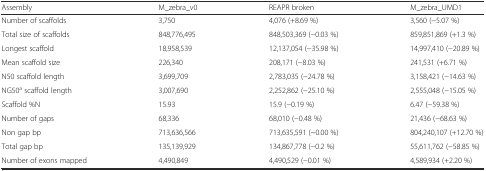
| Assembly | M_zebra_v0 | REAPR broken | M_zebra_UMD1 |
 | --- | --- | --- | --- |
 | Number of scaffolds | 3,750 | 4,076 (+8.69 %) | 3,560 (−5.07 %) |
 | Total size of scaffolds | 848,776,495 | 848,503,369 (−0.03 %) | 859,851,869 (+1.3 %) |
 | Longest scaffold | 18,958,539 | 12,137,054 (−35.98 %) | 14,997,410 (−20.89 %) |
 | Mean scaffold size | 226,340 | 208,171 (−8.03 %) | 241,531 (+6.71 %) |
 | N50 scaffold length | 3,699,709 | 2,783,035 (−24.78 %) | 3,158,421 (−14.63 %) |
 | NG50a scaffold length | 3,007,690 | 2,252,862 (−25.10 %) | 2,555,048 (−15.05 %) |
 | Scaffold %N | 15.93 | 15.9 (−0.19 %) | 6.47 (−59.38 %) |
 | Number of gaps | 68,336 | 68,010 (−0.48 %) | 21,436 (−68.63 %) |
 | Non gap bp | 713,636,566 | 713,635,591 (~0.00 %) | 804,240,107 (+12.70 %) |
 | Total gap bp | 135,139,929 | 134,867,778 (−0.2 %) | 55,611,762 (−58.85 %) |
 | Number of exons mapped | 4,490,849 | 4,490,529 (−0.01 %) | 4,589,934 (+2.20 %) |